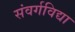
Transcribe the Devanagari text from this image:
संवर्गविद्या